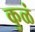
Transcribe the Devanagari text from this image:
कुळं